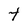
Character: t